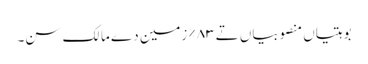
بوہتیاں منصوبیاں تے ٨٣% زمین دے مالک سن۔